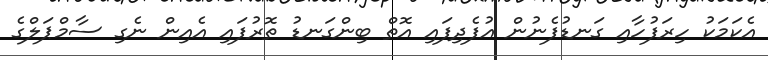
އެކަމަކު ހިރަފުހާއި ގަނޑުފެނުން އުފެދިފައި އޮތް ބިންގަނޑު ތޮރުފައި އެއިން ނެގި ސާމްޕަލްގެ